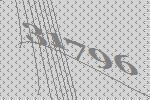
31796